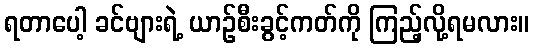
ရတာပေါ့ ခင်ဗျားရဲ့ ယာဉ်စီးခွင့်ကတ်ကို ကြည့်လို့ရမလား။